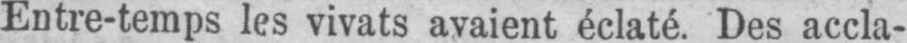
Entre-temps les vivats avaient éclaté. Des accla-